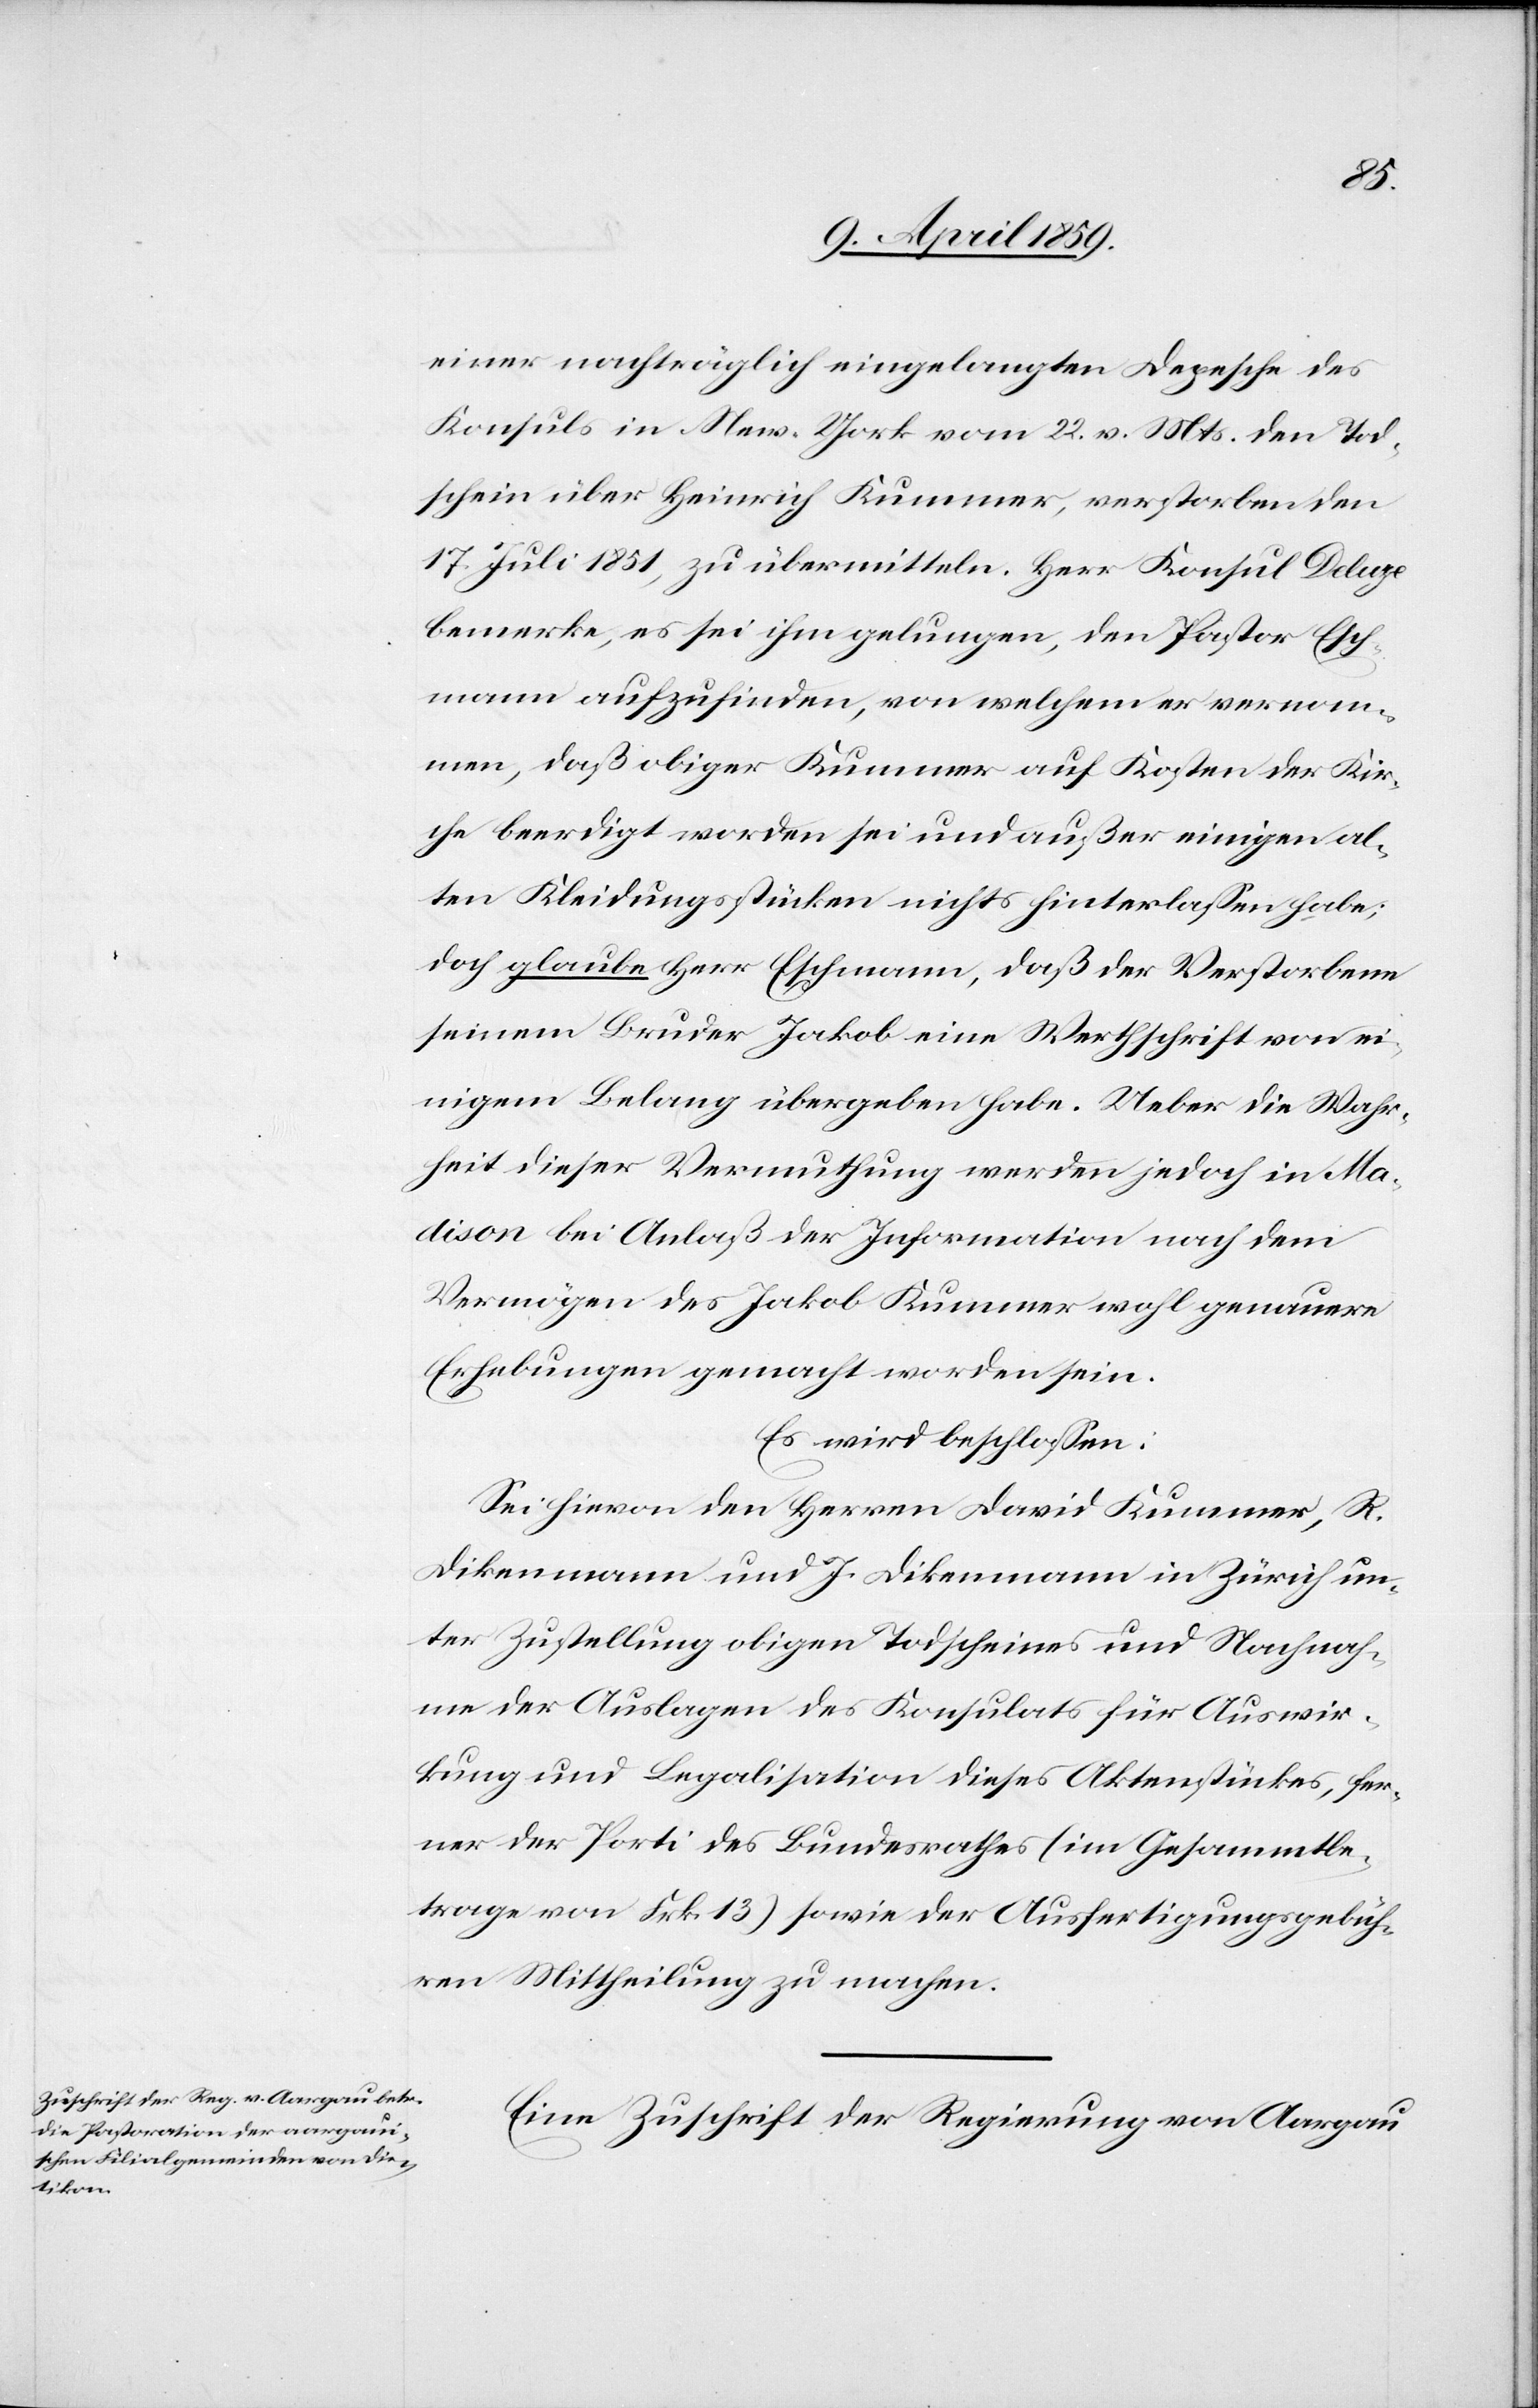
einer nachträglich eingelangten Depesche des
Konsuls in New-York vom 22. v. Mts. den Tod¬
schein über Heinrich Kummer, verstorben den
17. Juli 1851, zu übermitteln. Herr Konsul Deluze
bemerke, es sei ihm gelungen, den Pastor Esch¬
mann aufzufinden, von welchem er vernom¬
men, daß obiger Kummer auf Kosten der Kir¬
che beerdigt worden sei und außer einigen al¬
ten Kleidungsstücken nichts hinterlaßen habe;
doch glaube Herr Eschmann, daß der Verstorbene
seinem Bruder Jakob eine Werthschrift von ei¬
nigem Belang übergeben habe. Ueber die Wahr¬
heit dieser Vermuthung werden jedoch in Ma¬
dison bei Anlaß der Information nach dem
Vermögen des Jakob Kummer wohl genauere
Erhebungen gemacht worden sein.
Es wird beschloßen:
Sei hievon den Herren David Kummer, R.
Dikenmann und J. Dikenmann in Zürich un¬
ter Zustellung obigen Todscheines und Nachnah¬
me der Auslagen des Konsulats für Auswir¬
kung und Legalisation dieses Aktenstückes, fer¬
ner der Porti des Bundesrathes (im Gesammtbe¬
trage von Frk. 13) sowie der Ausfertigungsgebüh¬
ren Mittheilung zu machen.
Eine Zuschrift der Regierung von Aargau